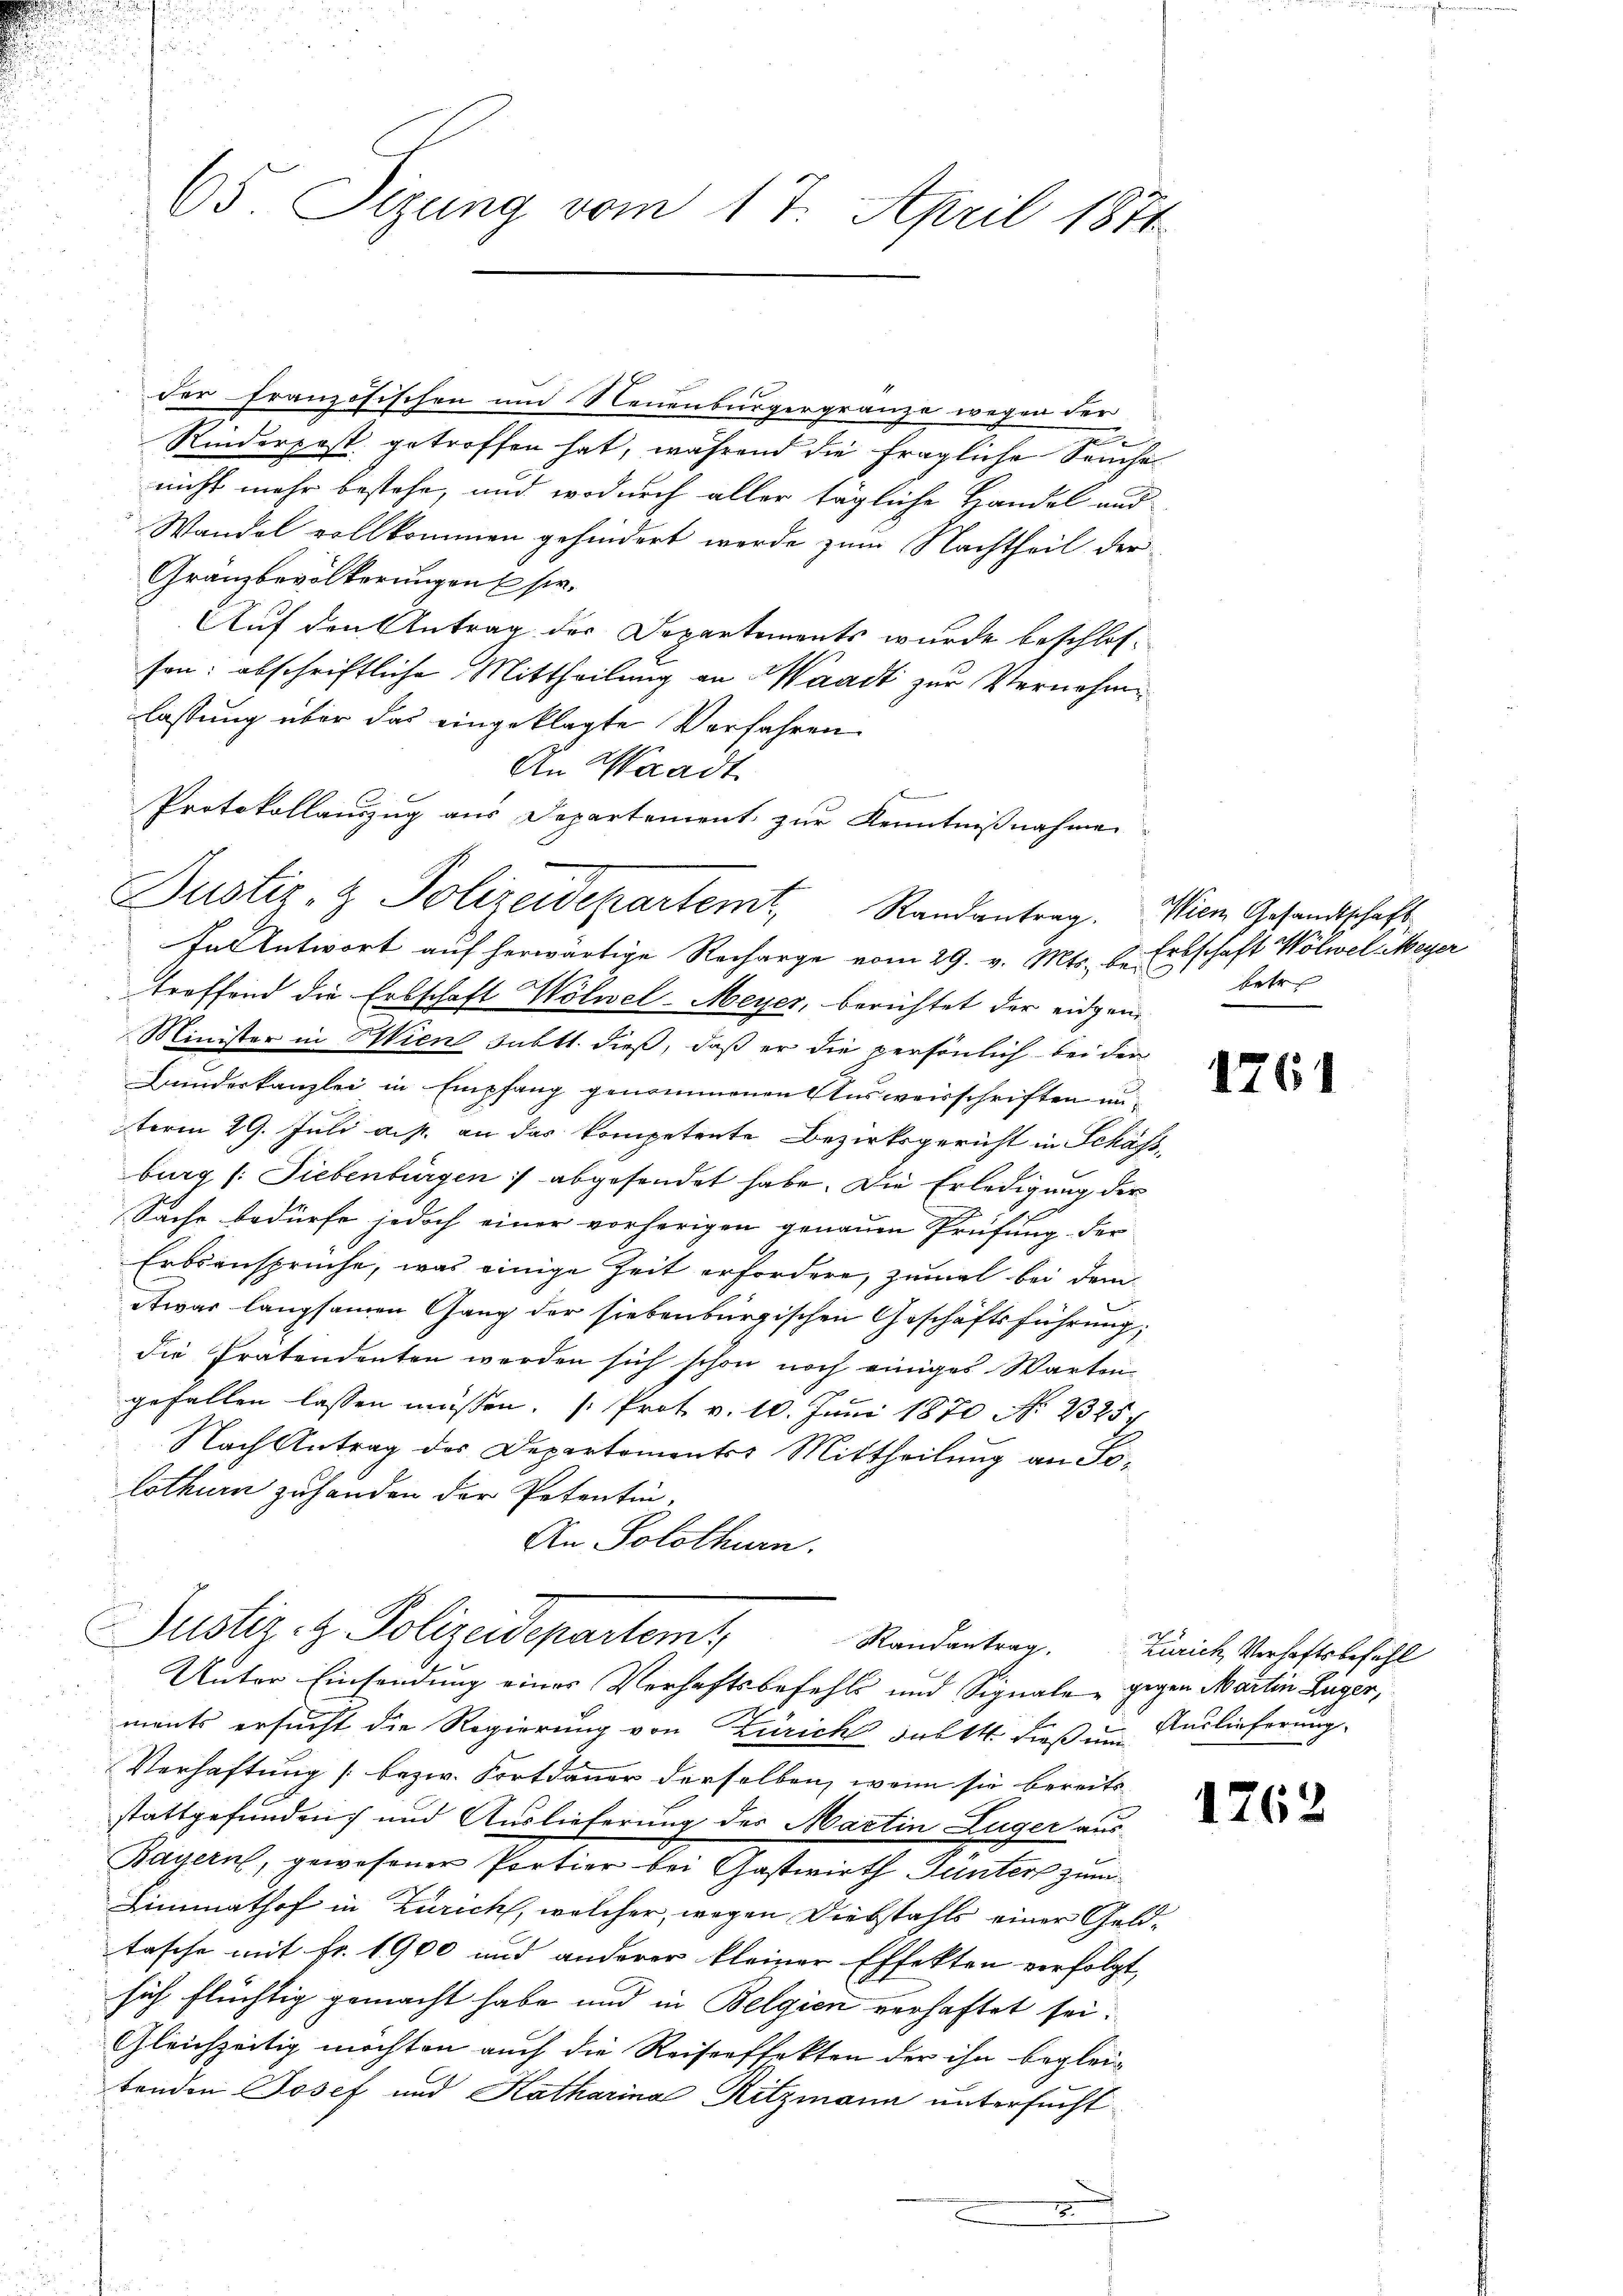
65 Sizung vom 17. April 1871

der französischen und Neuenburgergränze wegen der
Rinderpost getroffen hat, während die fragliche Seuche
nicht mehr bestehe, und wodurch aller tägliche Handel und
Wandel vollkommen gehindert werde zum Nachtheil der
Gränzbevölkerungen Eser.
Auf den Antrag der Departements wurde beschlosson: abschriftliche Mittheilung an Waadt zur Vernahm
lassung über das eingeklagte Verfahren
An Waadt
Protokollauszug aus Departement zur Kenntnißnahme
falentwort auf herwärtige Recharge vom 29. v. Mts., bei
troffend die Erbschaft Wölwel-Meyer, berichtet der eidgen
Minister in Wien subtt. dieß, daß er die persönlich bei der
Bunderkanzlei in Empfang genommenen Ausweisschriften unterm 29. Juli a. p. an das kompetente Bezirksgericht in Schäfsburg (: Liebenbürgen :/ abgesendet habe. Die Erledigung der
Sache bedürfe jedoch einer vorherigen genauen Prüfung der
Erbsansprüche, was einige Zeit erfordere, zumal bei dem
etwas langsamen Gang der siebenbürgischen Geschäftsführung;
die Pratendenten werden sich schon noch einiges Warten
gefallen lassen müssen. Prot. v. 10. Juni 1870 No 2325
Nach Antrag der Departementes Mittheilung an Solothur zu handen der Petentin,
An Solothurn.
Justiz- & Polizeidepartem
Randantrag.
Unter Einsendung einer Verhaftsbefehls und Signale, gegen Martin Lüger,
ments ersucht die Regierung von Zürich subst dieß in Auslieferung.
Verhaftung / bezw. Fortdauer derselben, wenn sie bereits
stattgefunden, und Auslieferung des Martin Luger aus-
Bayern, gewesener Portier bei Gastwirth Gunters zum
Limmathof in Zürich, welcher, wegen Diebstahls einer Geldtasche mit Fr. 1900 und anderer kleiner Effekten verfolgt,
sich flüchtig gemacht habe und in Belgien verhaftet sei.
Gleichzeitig möchten auch die Reiserffekten der ihn begleibenden Josef und Katharina Ritzmann untersucht.
2

Justiz- & Polizeidepartemt, Randantrag. Wien Gesandtschaft

Erbschaft Wölwel Meyer
betr.

1761

Zürich, Verhaftsbefehl

1762